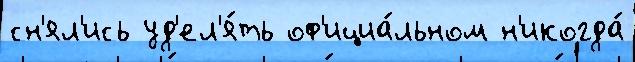
сн'ял'ись уд'ел'я́ть оф'ициа́льном н'икогда́